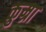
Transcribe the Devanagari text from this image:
कुम्रा